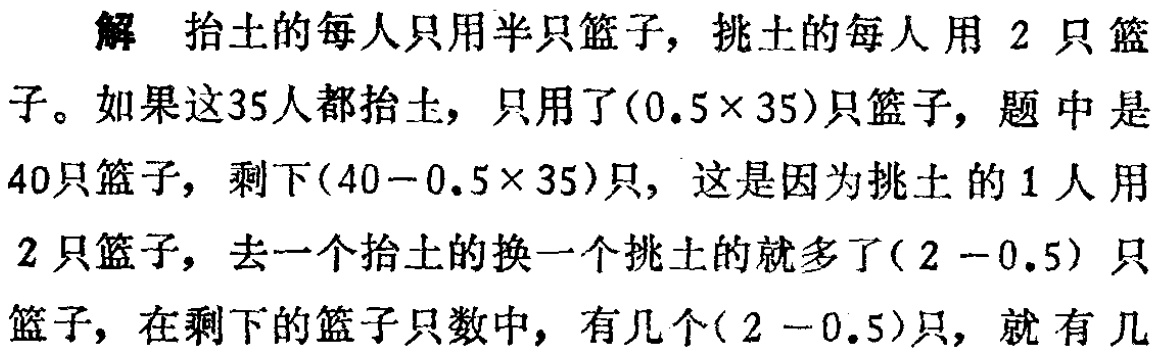
解 抬土的每人只用半只篮子，挑土的每人用 \(2\) 只篮子。如果这35人都抬土，只用了\((0.5\times 35)\)只篮子，题中是40只篮子，剩下\((40 - 0.5\times 35)\)只，这是因为挑土的 \(1\) 人用\(2\) 只篮子，去一个抬土的换一个挑土的就多了\((2 - 0.5)\) 只篮子，在剩下的篮子只数中，有几个\((2 - 0.5)\)只，就有几